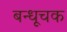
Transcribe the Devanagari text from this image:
बन्धूचक